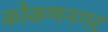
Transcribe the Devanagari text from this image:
कोकणनगर